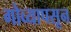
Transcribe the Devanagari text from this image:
गोव्यापसून